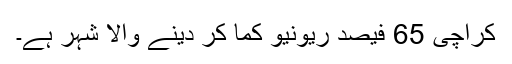
کراچی 65 فیصد ریونیو کما کر دینے والا شہر ہے۔